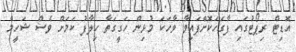
އޮޑިޓް ރިޕޯޓުގައި ފާގަހަކޮށްފައިވާ ވާހަކަ މުޅިން ހަގީގަތާ ހިލާފު ކަމަށް ވެސް ޝަހީމް